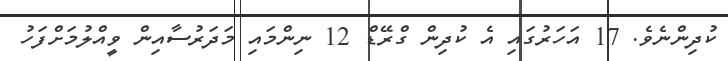
ކުދިންނެވެ. 17 އަހަރުގައި އެ ކުދިން ގްރޭޑް 12 ނިންމައި މަދަރުސާއިން ވީއްލުމަށްފަހު